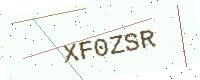
Text: XF0ZSR